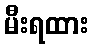
မီးရထား